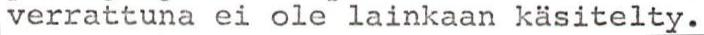
verrattuna ei ole lainkaan käsitelty.